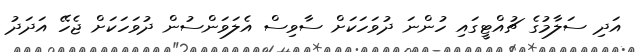
އަދި ސަލާމުގެ ޗުއްޓީގައި ހުންނަ ދުވަހަކަށް ސާވިސް އެލަވަންސުން ދުވަހަކަށް ޖެހޭ އަދަދު